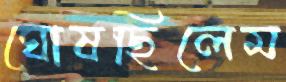
ঘোষছিলেম